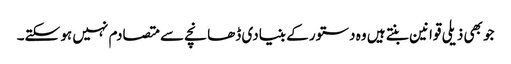
جو بھی ذیلی قوانین بنتے ہیں وہ دستور کے بنیادی ڈھانچے سے متصادم نہیں ہو سکتے۔